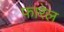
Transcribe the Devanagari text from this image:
फारेल